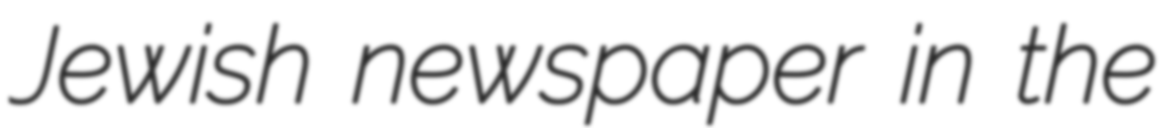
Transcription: Jewish newspaper in the